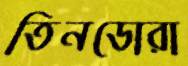
তিনডোরা